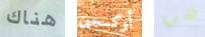
هناك أوكسجين هي